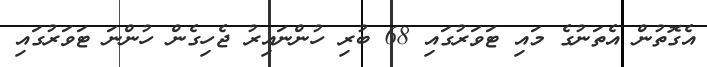
އެގޮތުން އެތަނުގެ މައި ޓަވަރުގައި 68 ބުރި ހުންނައިރު ޖެހިގެން ހުންނަ ޓަވަރުގައި